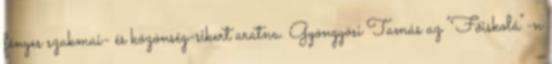
fényes szakmai- és közönség-sikert aratna. Gyöngyösi Tamás az "Főiskolá"-n